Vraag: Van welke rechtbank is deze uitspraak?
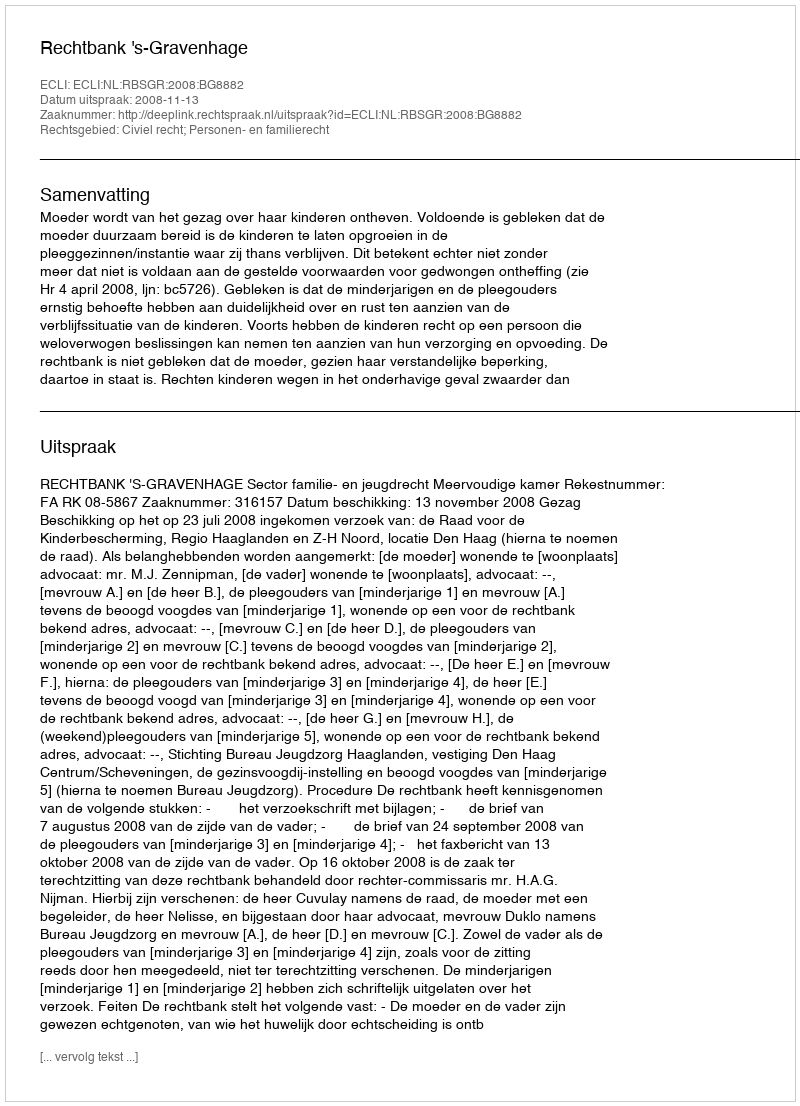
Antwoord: Rechtbank 's-Gravenhage